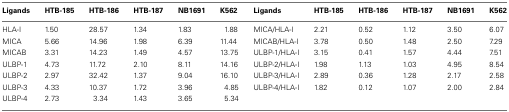
| Ligands | HTB-185 | HTB-186 | HTB-187 | NB1691 | K562 | Ligands | HTB-185 | HTB-186 | HTB-187 | NB1691 | K562 |
 | --- | --- | --- | --- | --- | --- | --- | --- | --- | --- | --- | --- |
 | HLA-I | 1.50 | 28.57 | 1.34 | 1.83 | 1.88 | MICA/HLA-I | 2.21 | 0.52 | 1.12 | 3.50 | 6.07 |
 | MICA | 5.66 | 14.96 | 1.98 | 6.39 | 11.44 | MICAB/HLA-I | 3.78 | 0.50 | 1.48 | 2.50 | 7.29 |
 | MICAB | 3.31 | 14.23 | 1.49 | 4.57 | 13.75 | ULBP-1/HLA-I | 3.15 | 0.41 | 1.57 | 4.44 | 7.51 |
 | ULBP-1 | 4.73 | 11.72 | 2.10 | 8.11 | 14.16 | ULBP-2/HLA-I | 1.98 | 1.13 | 1.03 | 4.95 | 8.54 |
 | ULBP-2 | 2.97 | 32.42 | 1.37 | 9.04 | 16.10 | ULBP-3/HLA-I | 2.89 | 0.36 | 1.28 | 2.17 | 2.58 |
 | ULBP-3 | 4.33 | 10.37 | 1.72 | 3.96 | 4.85 | ULBP-4/HLA-I | 1.82 | 0.12 | 1.07 | 2.00 | 2.84 |
 | ULBP-4 | 2.73 | 3.34 | 1.43 | 3.65 | 5.34 |  |  |  |  |  |  |